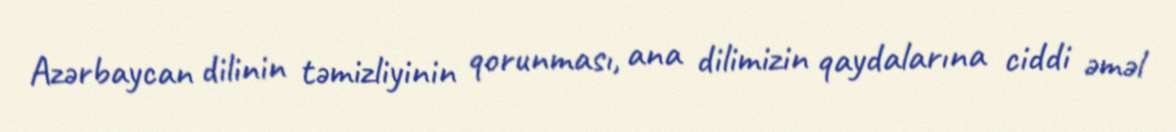
Azərbaycan dilinin təmizliyinin qorunması, ana dilimizin qaydalarına ciddi əməl